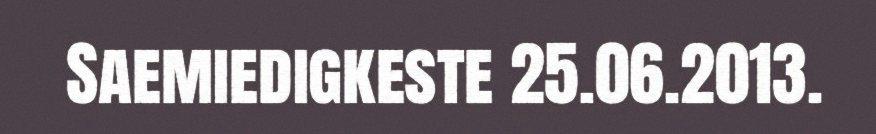
Saemiedigkeste 25.06.2013.